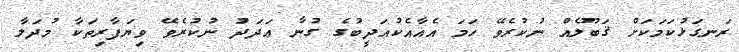
ރަނގަޅުކަމަކަށް ޤަބޫލެއް ނުކުރެވޭ ހަމަ އެއާއެކުއަދީބުގެ ގުނާ ޢަދަދަު ނުކުރެވޭ ވިޔަފާރިތަކާ މުދަލާ